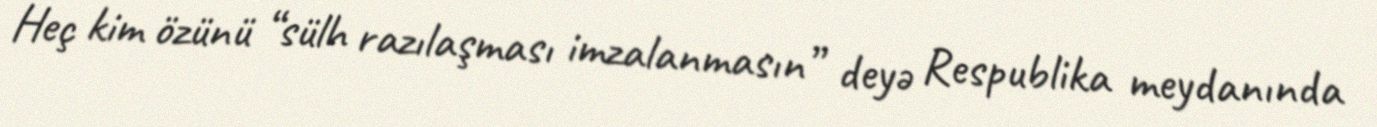
Heç kim özünü “sülh razılaşması imzalanmasın” deyə Respublika meydanında